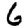
Digit: 6